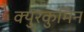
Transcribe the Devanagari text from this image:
क्युरकुमिन